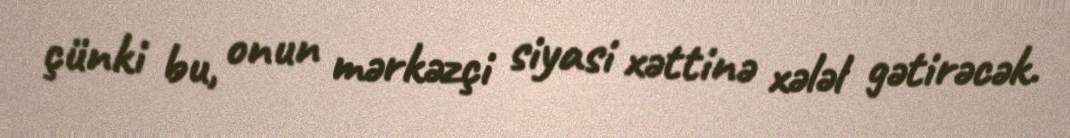
çünki bu, onun mərkəzçi siyasi xəttinə xələl gətirəcək.